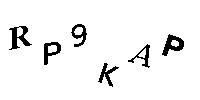
RP9KAP